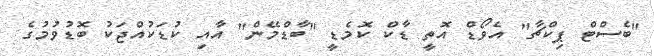
"ބެސްޓް ޕިކްޗާ" އެވޯޑް އޮތީ ޑާކް ކޮމެޑީ "ބާޑްމޭން" އާއި ކުޑަކުއްޖަކު ބޮޑުވުމުގެ